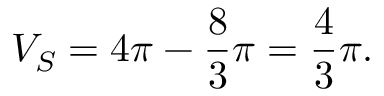
V _ { S } = 4 \pi - { \frac { 8 } { 3 } } \pi = { \frac { 4 } { 3 } } \pi .